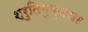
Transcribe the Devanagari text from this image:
श्रुतिमुकुटधर